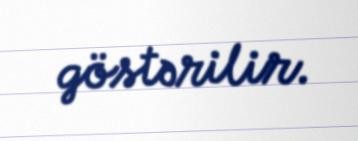
göstərilir.